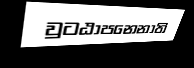
වුටඨාපනෙනාති